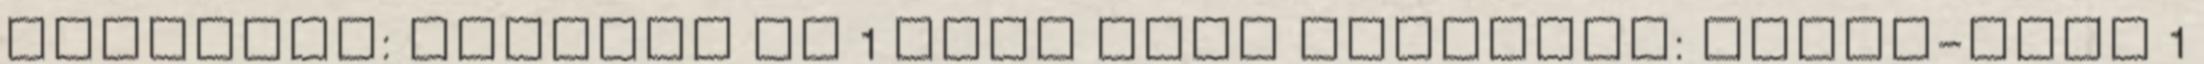
Magdolna: Csendes éj 1 Tóth Edit Magdolna: Lélek-csep 1